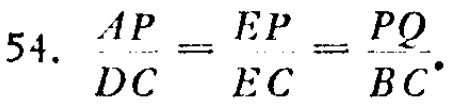
54. \(\frac{AP}{DC}=\frac{EP}{EC}=\frac{PQ}{BC}\)